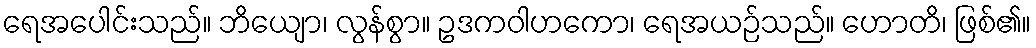
ရေအပေါင်းသည်။ ဘိယျော၊ လွန်စွာ။ ဥဒကဝါဟကော၊ ရေအယဉ်သည်။ ဟောတိ၊ ဖြစ်၏။